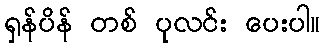
ရှန်ပိန် တစ် ပုလင်း ပေးပါ။